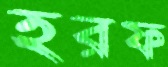
হরফ